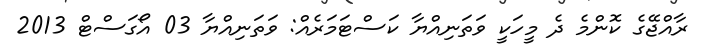
ރާއްޖޭގެ ކޮންމެ ދެ މީހަކީ ވަތަނިއްޔާ ކަސްޓަމަރެއް: ވަތަނިއްޔާ 03 އޯގަސްޓް 2013